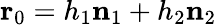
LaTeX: \mathbf{r}_{0}=h_{1}\mathbf{n}_{1}+h_{2}\mathbf{n}_{2}